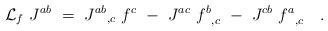
\begin{align*}{\cal L}_f \ J^{ab} \ = \ {J^{ab}}_{,c} \ f^c \ - \ J^{ac} \ {f^b}_{,c}\ -\ J^{cb} \ {f^a}_{,c} \ \ \ .\end{align*}